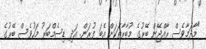
"މާދަމާވެސް ރާއްޖޭން ބޭރުގެ މުބާރާތަކަށް އެބަ ފުރަން. އަދި ޑިސެމްބަރު މަހުވެސް ބޭރުގެ